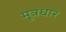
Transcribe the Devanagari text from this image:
मूत्रधार